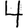
Digit: 4